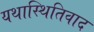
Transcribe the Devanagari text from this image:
यथास्थितिवाद